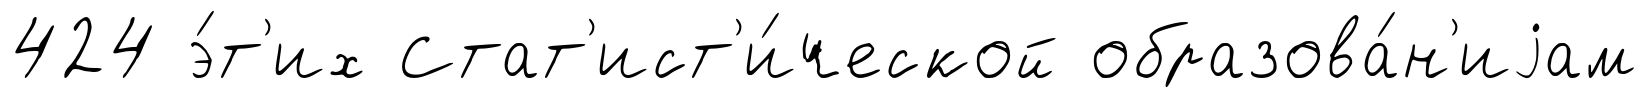
424 э́т'их Стат'ист'и́ческой образова́н'иjам